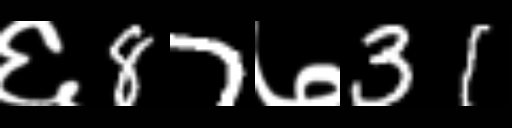
Text: ६87७31